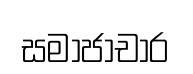
සමාජාචාර